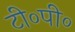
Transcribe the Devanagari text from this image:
टी०पी०